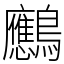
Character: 𪈠